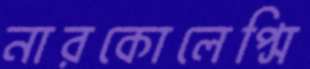
নারকোলেপ্সি